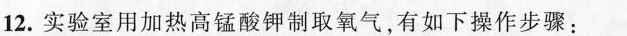
12.实验室用加热高锰酸钾制取氧气，有如下操作步骤：